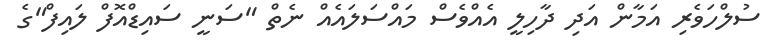
ސުލްހަވެރި އަމާން އަދި ދާހިލީ އެއްވެސް މައްސަލައެއް ނެތް "ސަނީ ސައިޑްއޮފް ލައިފް"ގެ